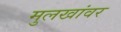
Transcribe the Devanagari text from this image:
मुलखांवर